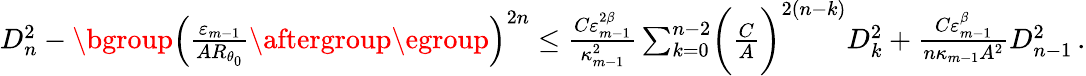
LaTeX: \begin{array}{r}{D_{n}^{2}-\mathopen{}\mathclose\bgroup\left(\frac{\varepsilon_{m-1}}{AR_{\theta_{0}}}\aftergroup\egroup\right)^{2n}\leq\frac{C\varepsilon_{m-1}^{2\beta}}{\kappa_{m-1}^{2}}\sum_{k=0}^{n-2}\biggl(\frac{C}{A}\biggr)^{2(n-k)}D_{k}^{2}+\frac{C\varepsilon_{m-1}^{\beta}}{n\kappa_{m-1}A^{2}}D_{n-1}^{2}\, .}\end{array}